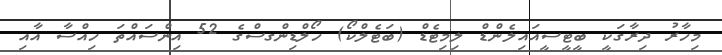
މިހާރު ދިރާގަކީ ބީޓީސީއައިލެންޑް ލިމިޓެޑް (ބަޓެލްކޯ) ހޯލްޑިންގސްގެ 52 އިންސައްތަ ހިއްސާ އާއި